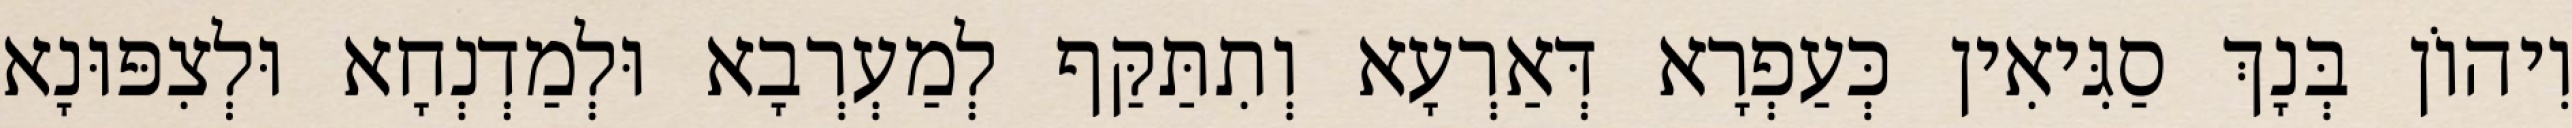
וִיהוֹן בְּנָךְ סַגִּיאִין כְּעַפְרָא דְּאַרְעָא וְתִתַּקַּף לְמַעְרְבָא וּלְמַדְנְחָא וּלְצִפּוּנָא